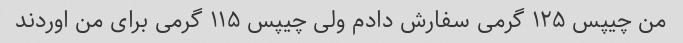
من چیپس ۱۲۵ گرمی سفارش دادم ولی چیپس ۱۱۵ گرمی برای من اوردند